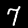
Label: 7